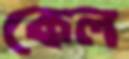
কেল